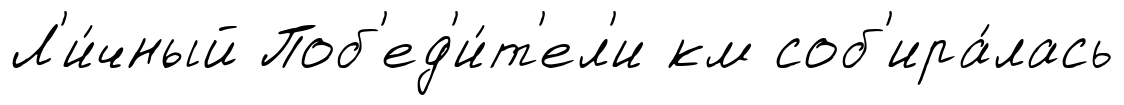
Л'и́чный Поб'ед'и́т'ел'и км соб'ира́лась